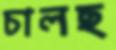
চালছ